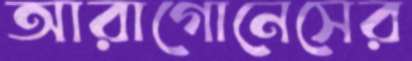
আরাগোনেসের